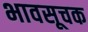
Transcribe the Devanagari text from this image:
भावसूचक